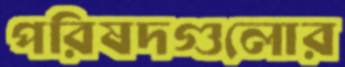
পরিষদগুলোর